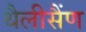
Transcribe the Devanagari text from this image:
थैलीसैंण